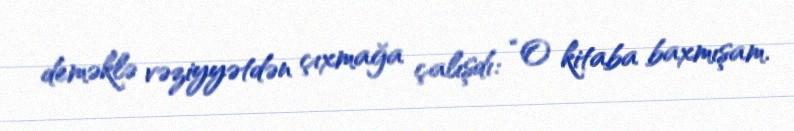
deməklə vəziyyətdən çıxmağa çalışdı: “O kitaba baxmışam.